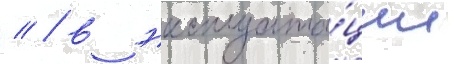
// / в эксплуата́ции